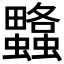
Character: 𧕌